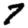
Digit: 7